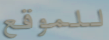
للموقع